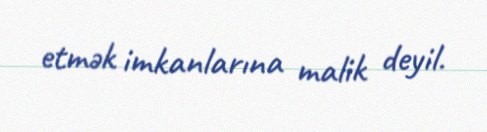
etmək imkanlarına malik deyil.